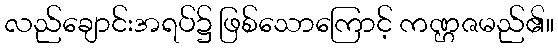
လည်ချောင်းအရပ်၌ ဖြစ်သောကြောင့် ကဏ္ဌဇမည်၏။